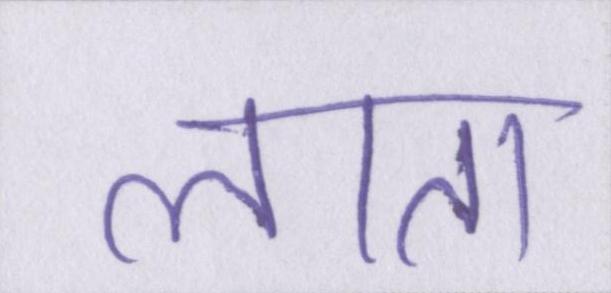
लाता